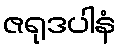
ဇရုဒပါနံ